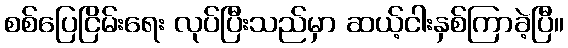
စစ်ပြေငြိမ်းရေး လုပ်ပြီးသည်မှာ ဆယ့်ငါးနှစ်ကြာခဲ့ပြီ။